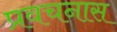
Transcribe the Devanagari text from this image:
प्रवचनास